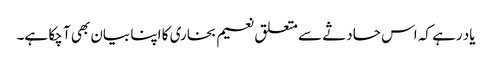
یاد رہے کہ اس حادثے سے متعلق نعیم بخاری کا اپنا بیان بھی آ چکا ہے۔